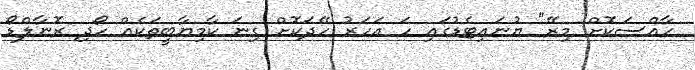
ހާއްސަކޮށް މިރޭ" ޔުނައިޓެޑުގައި ހަ އަހަރު ހޭދަކޮށް ގިނަ ކާމިޔާބީތަކެއް ހޯދި ރޮނާލްޑޯ